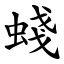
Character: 䗃